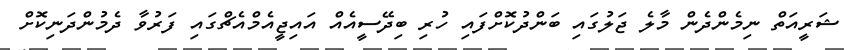
ޝަރީއަތް ނިމެންދެން މާލެ ޖަލުގައި ބަންދުކޮށްފައި ހުރި ބިދޭސީއެއް އައިޖީއެމްއެޗްގައި ފަރުވާ ދެމުންދަނިކޮށް